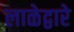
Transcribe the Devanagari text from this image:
लाळेद्वारे